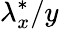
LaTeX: \lambda_{x}^{*}/y